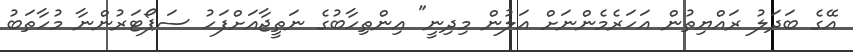
އޭގެ ބަދަލު ރައްޔިތުން އަހަރެމެންނަށް އަލުން މިދިނީ" އިންތިހާބުގެ ނަތީޖާއަށްފަހު ސަޕޯޓަރުންނާ މުހާތަބު